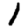
Digit: 1